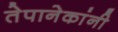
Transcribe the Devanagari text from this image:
तेपानेकांनी